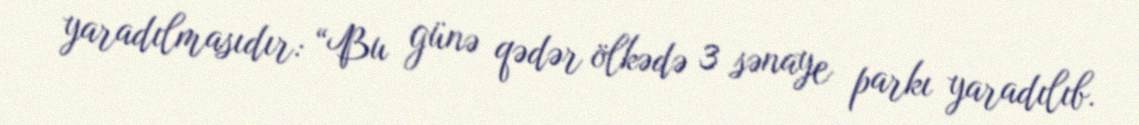
yaradılmasıdır: “Bu günə qədər ölkədə 3 sənaye parkı yaradılıb.